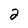
Character: 2